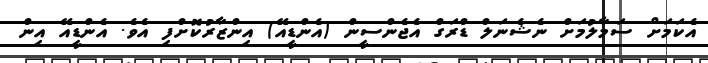
އެކަމަށް ސަމާލުމަށް ނެޝެނަލް ޑްރަގް އެޖެންސީން (އެންޑީއޭ) އިންޒާރުކޮށްފި އެވެ. އެންޑީއޭ އިން